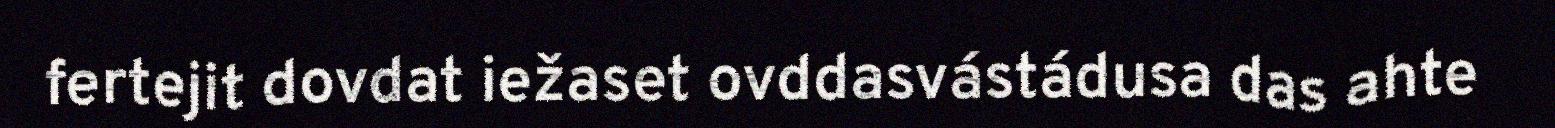
fertejit dovdat iežaset ovddasvástádusa das ahte